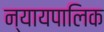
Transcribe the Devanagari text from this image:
न्यायपालिक